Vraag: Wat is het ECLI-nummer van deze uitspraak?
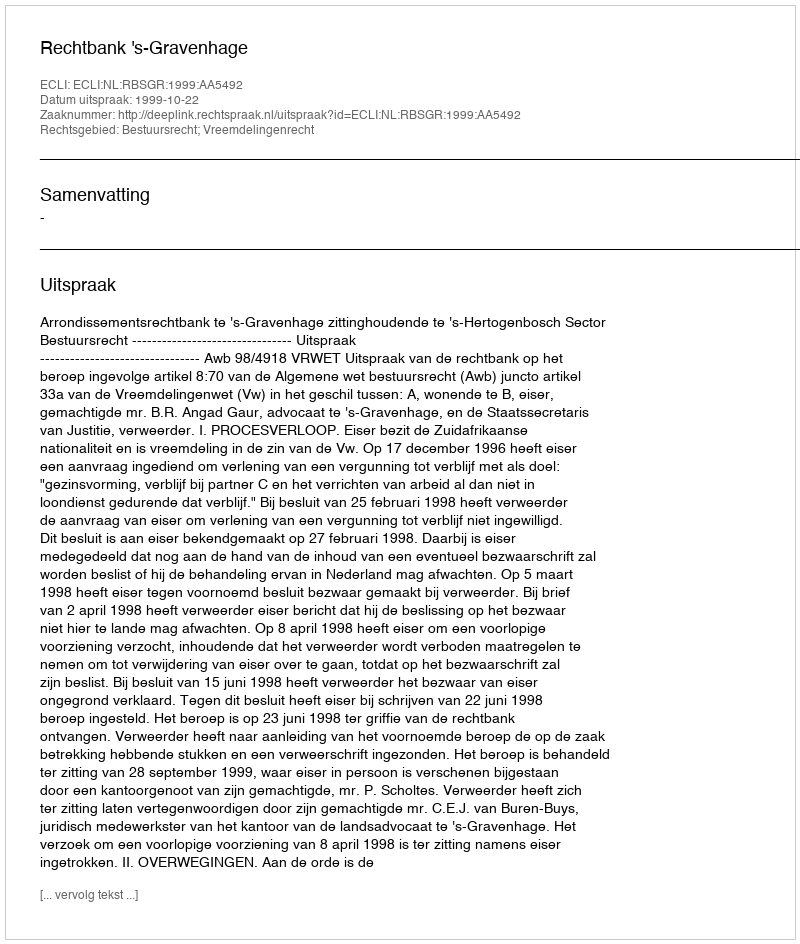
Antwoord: ECLI:NL:RBSGR:1999:AA5492